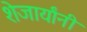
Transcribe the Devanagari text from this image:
शेजार्यांनी